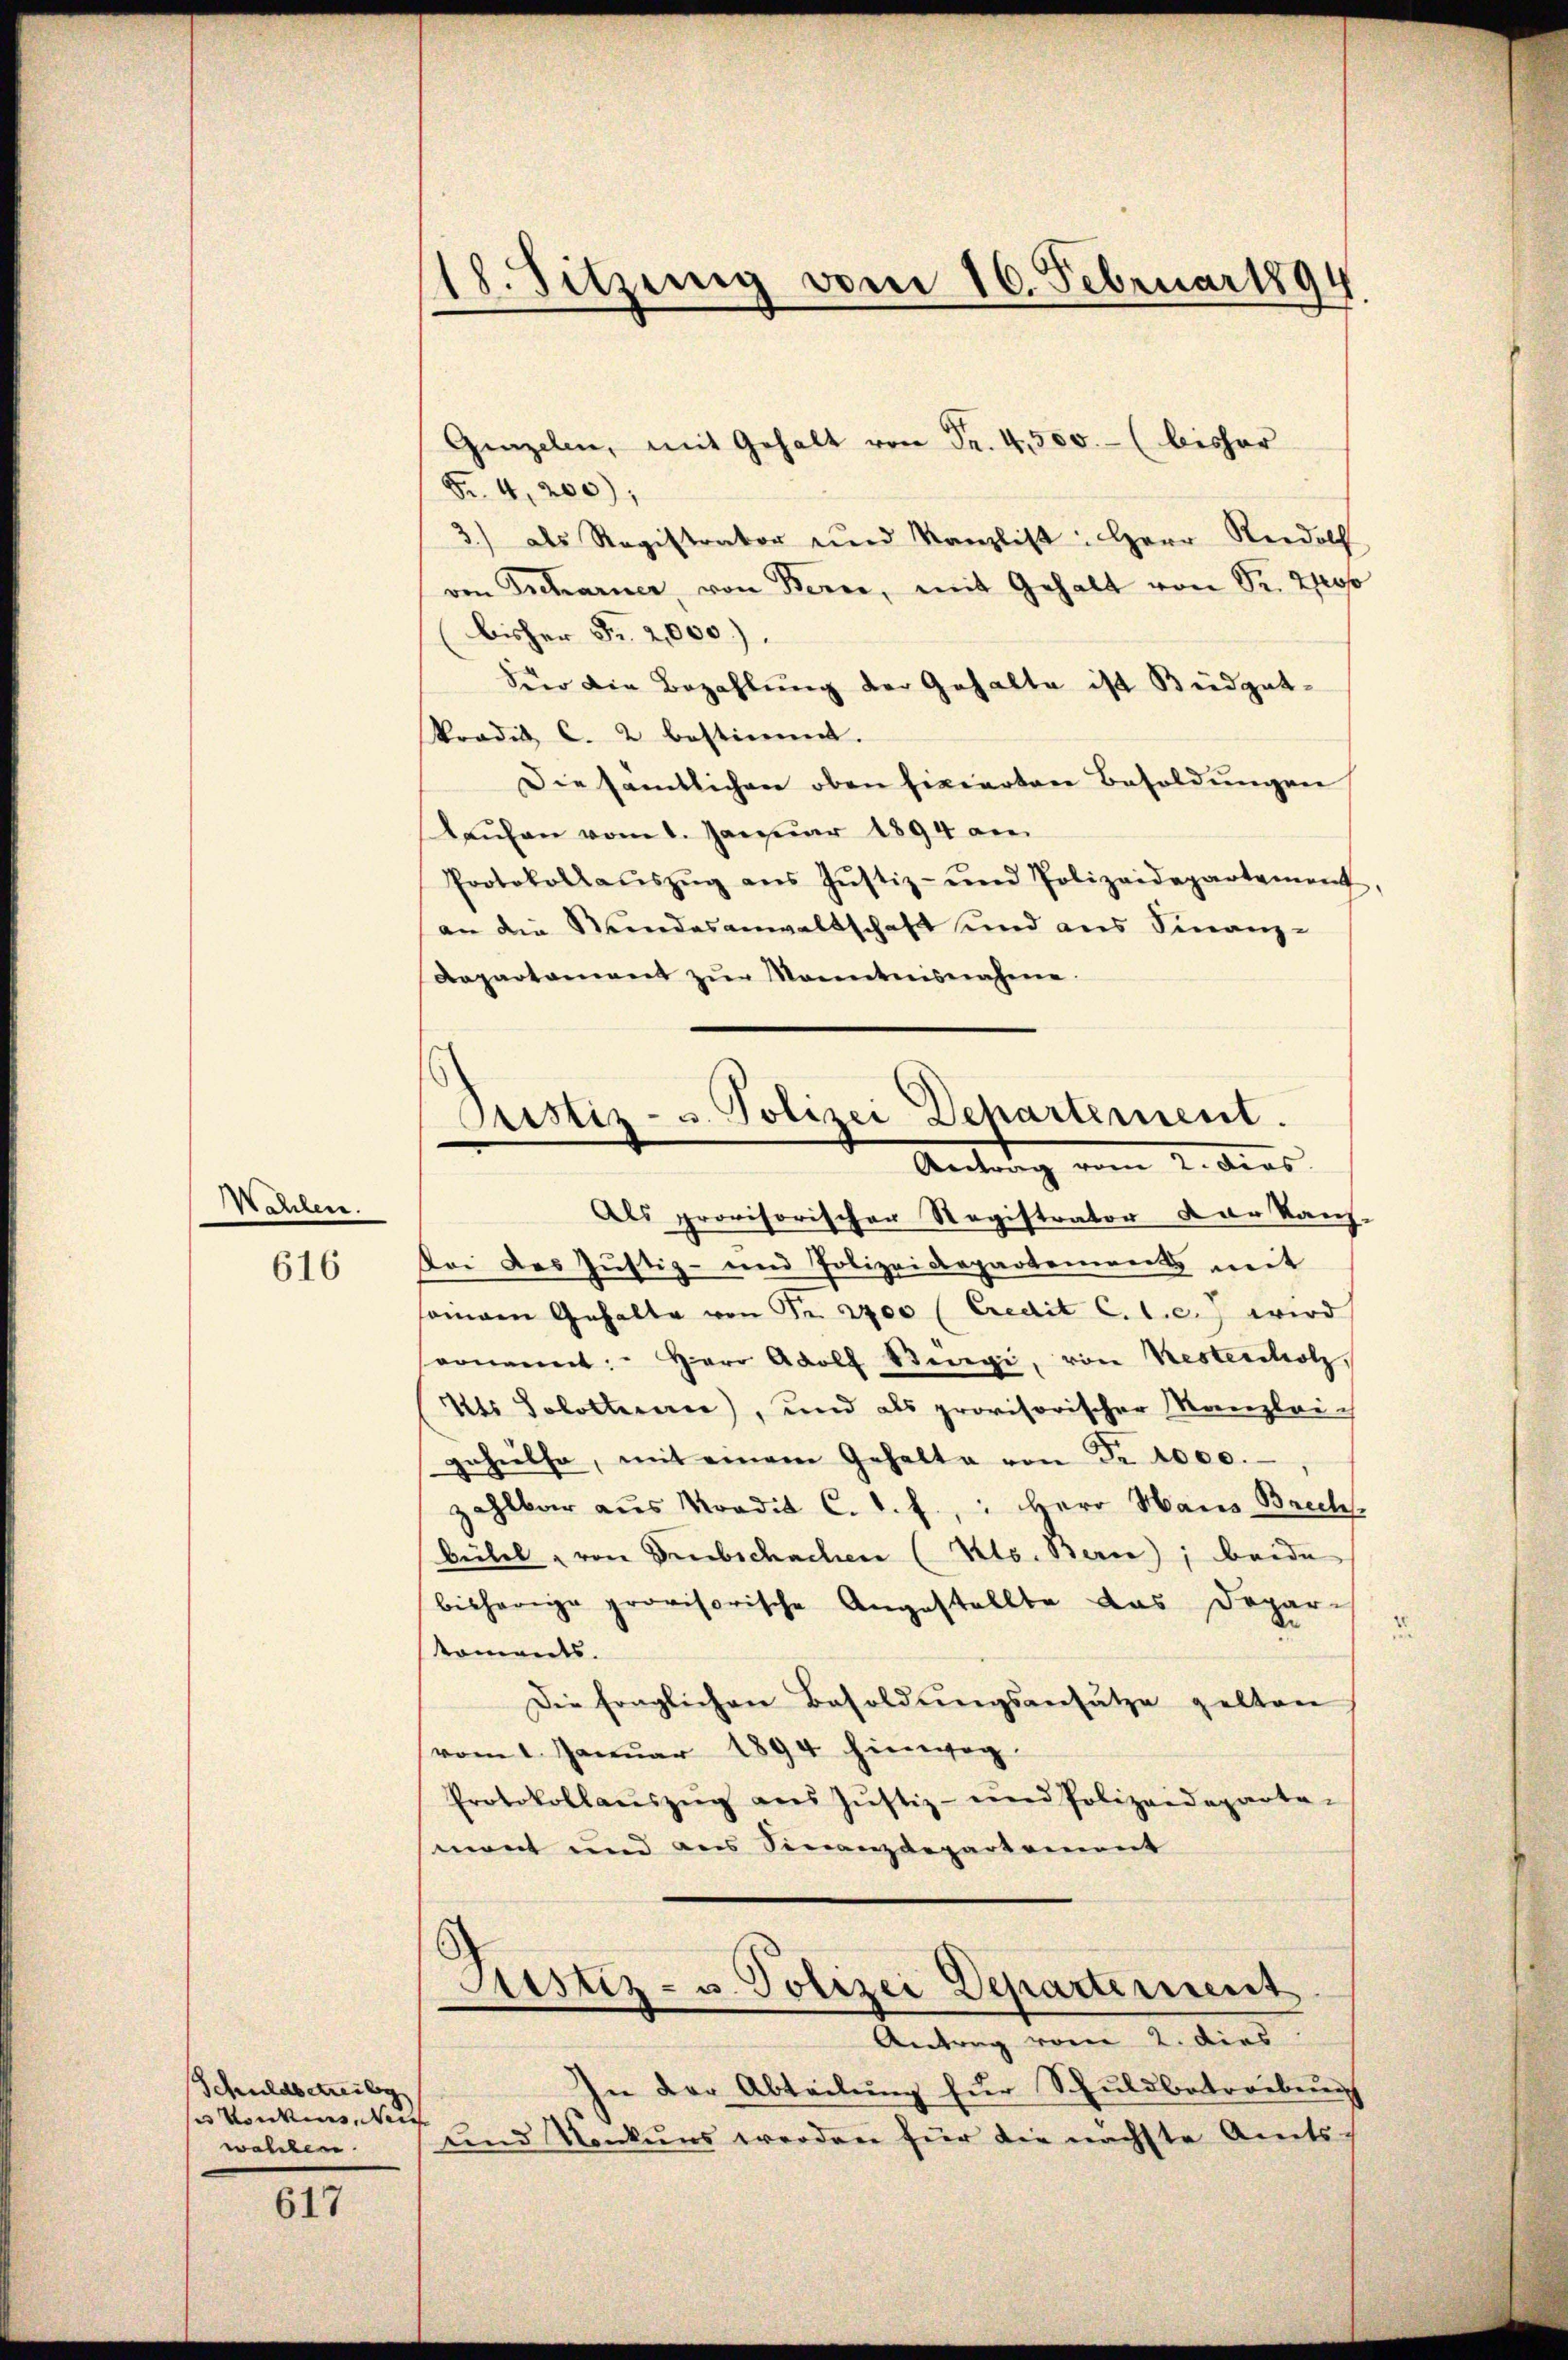
Wahlen.

616

Schuldbetreibg
e konnten Reich
wahlen.

617

18. Sitzung vom 16. Februar 1894

Grazelen, mit Gehalt von Fr. 4,500.- (bisher
Fr. 4,200),
3.) als Registrator und Kanzlist: Herr Rudolf
von Tscharner, von Bern, mit Gehalt von Sr. Ho
bisher Fr. 2,000).
Für die Bezahlung der Gehalte ist Büdget-
Pradis c. 2 bestimmt.
Die sämtlichen oben fixierten Besoldungen
Laufen vom 1. Januar 1894 am
Protokollaŭszŭg ans Jŭstiz- und Polizeidepartement,
an die Kindesanwaltschaft und aus Finanz-
Dapartament zŭr Kenntnisnahme.
Als provisorischer Registrator der Kauf-
Bei des Justiz- und Polizeidepartement mit
samann Gehalte von Fr. 2700 (Credit C. C. c. 7 wird
vonannt: Herr Adolf Stengi, von Nestescholz
Als Solotterere), und als provisorischer Manzleich
gehülfe, mit einem Gehalte von Fr. 1000.
zahlbar aus Nordit C. d. f., Herr Haus Brech-
bübel - von Freibschachen (Klo. Berne); beide
bisherige provisorische Angestellte das Deparkoments.
Die fraglichen Besoldŭngsansätze gelten
vom 1. Januar 1894 hinweg.
Protokollaŭszŭg ans Justiz- und Polizeideparta-
mont und aus Finanzdepartement
Justiz- u. Polizei Departement
Antrag vom 2. dies
In der Abteilung für Schuldbetriebung
und Konkurs werden für die nächste Amts-

Pristiz- u. Polizei Departement.
Antrag vom 2. dies